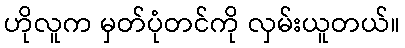
ဟိုလူက မှတ်ပုံတင်ကို လှမ်းယူတယ်။